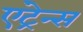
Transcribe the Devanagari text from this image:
एंट्रेन्स